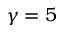
\gamma = 5